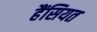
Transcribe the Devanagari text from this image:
हैंसियत